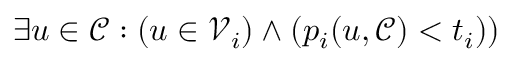
\exists u \in \mathcal { C } : ( u \in \mathcal { V } _ { i } ) \land ( p _ { i } ( u , \mathcal { C } ) < t _ { i } ) )